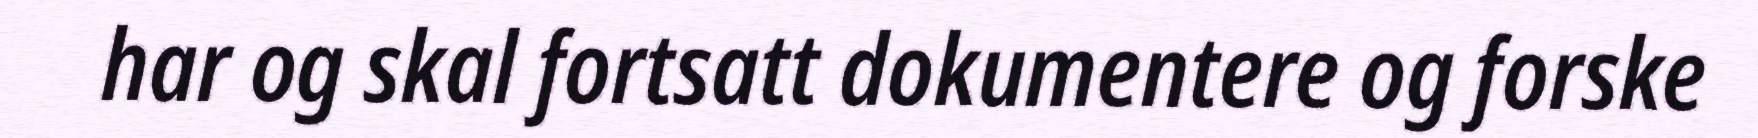
har og skal fortsatt dokumentere og forske